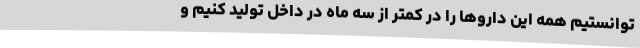
توانستیم همه این داروها را در کمتر از سه ماه در داخل تولید کنیم و